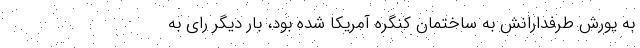
به یورش طرفدارانش به ساختمان کنگره آمریکا شده بود، بار دیگر رای به